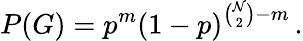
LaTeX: P(G)=p^{m}\left(1-p\right)^{{\binom{\mathcal{N}}{2}}-m}\, .